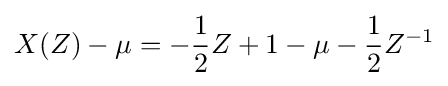
X(Z)-\mu =-{\frac {1}{2}}Z+1-\mu -{\frac {1}{2}}Z^{-1}